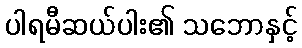
ပါရမီဆယ်ပါး၏ သဘောနှင့်